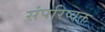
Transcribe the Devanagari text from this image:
संपरिष्वक्त